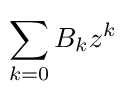
\!\sum _{k=0}B_{k}z^{k}